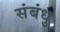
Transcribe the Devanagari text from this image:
संबंधु